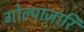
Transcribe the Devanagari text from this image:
गोल्पाज़ारि